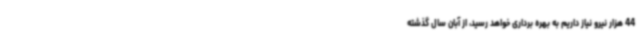
44 هزار نیرو نیاز داریم به بهره برداری خواهد رسید، از آبان سال گذشته